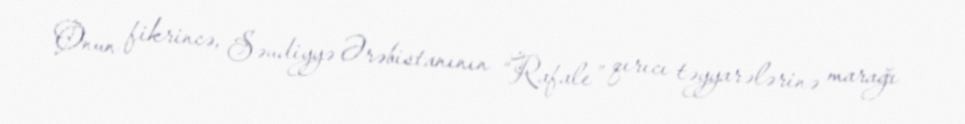
Onun fikrincə, Səudiyyə Ərəbistanının “Rafale” qırıcı təyyarələrinə marağı